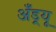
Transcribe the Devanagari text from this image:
अॅँड्र्यू